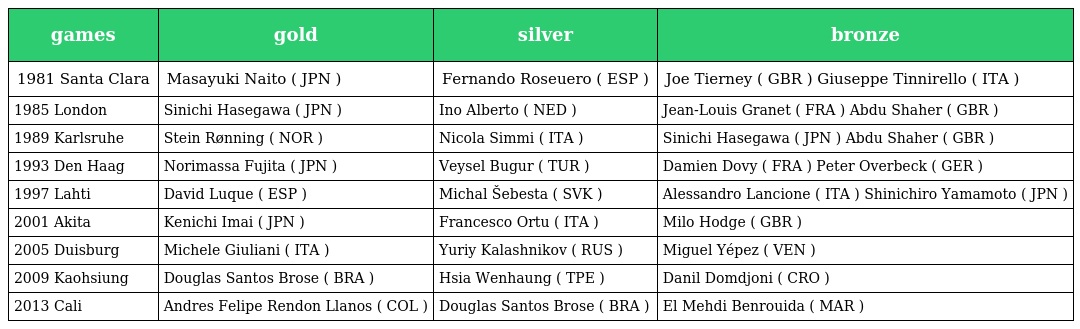
| games | gold | silver | bronze |
 | --- | --- | --- | --- |
 | 1981 Santa Clara | Masayuki Naito ( JPN ) | Fernando Roseuero ( ESP ) | Joe Tierney ( GBR ) Giuseppe Tinnirello ( ITA ) |
 | 1985 London | Sinichi Hasegawa ( JPN ) | Ino Alberto ( NED ) | Jean-Louis Granet ( FRA ) Abdu Shaher ( GBR ) |
 | 1989 Karlsruhe | Stein Rønning ( NOR ) | Nicola Simmi ( ITA ) | Sinichi Hasegawa ( JPN ) Abdu Shaher ( GBR ) |
 | 1993 Den Haag | Norimassa Fujita ( JPN ) | Veysel Bugur ( TUR ) | Damien Dovy ( FRA ) Peter Overbeck ( GER ) |
 | 1997 Lahti | David Luque ( ESP ) | Michal Šebesta ( SVK ) | Alessandro Lancione ( ITA ) Shinichiro Yamamoto ( JPN ) |
 | 2001 Akita | Kenichi Imai ( JPN ) | Francesco Ortu ( ITA ) | Milo Hodge ( GBR ) |
 | 2005 Duisburg | Michele Giuliani ( ITA ) | Yuriy Kalashnikov ( RUS ) | Miguel Yépez ( VEN ) |
 | 2009 Kaohsiung | Douglas Santos Brose ( BRA ) | Hsia Wenhaung ( TPE ) | Danil Domdjoni ( CRO ) |
 | 2013 Cali | Andres Felipe Rendon Llanos ( COL ) | Douglas Santos Brose ( BRA ) | El Mehdi Benrouida ( MAR ) |